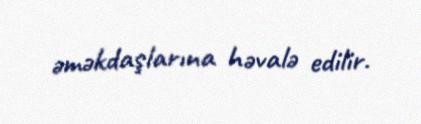
əməkdaşlarına həvalə edilir.